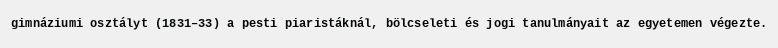
gimnáziumi osztályt (1831–33) a pesti piaristáknál, bölcseleti és jogi tanulmányait az egyetemen végezte.